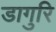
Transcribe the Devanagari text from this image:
डागुरि